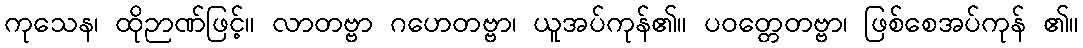
ကုသေန၊ ထိုဉာဏ်ဖြင့်။ လာတဗ္ဗာ ဂဟေတဗ္ဗာ၊ ယူအပ်ကုန်၏။ ပဝတ္တေတဗ္ဗာ၊ ဖြစ်စေအပ်ကုန် ၏။